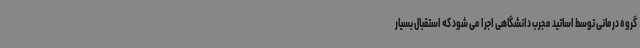
گروه درمانی توسط اساتید مجرب دانشگاهی اجرا می شود که استقبال بسیار